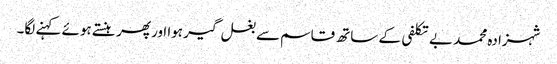
شہزادہ محمد بے تکلفی کے ساتھ قاسم سے بغل گیر ہوا ا ور پھر ہنستے ہوئے کہنے لگا۔